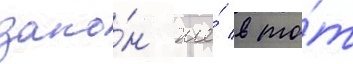
зако́н же́ в то́т